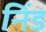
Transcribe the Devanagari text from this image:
निंड